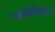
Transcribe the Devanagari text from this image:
पदनिर्मितीची